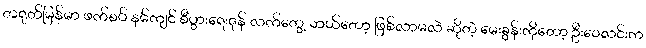
တရုတ်မြန်မာ ဖက်စပ် နမ်ကျင် စီပွားရေးဇုန် လက်တွေ့ ဘယ်တော့ ဖြစ်လာမလဲ ဆိုတဲ့ မေးခွန်းကိုတော့ ဦးဝေလင်းက